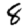
Digit: 8